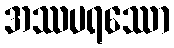
အဿပရဿော